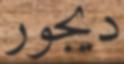
ديجور